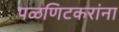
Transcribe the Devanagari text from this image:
पळणिटकरांना